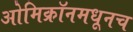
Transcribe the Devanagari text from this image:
ओमिक्रॉनमधूनच